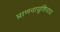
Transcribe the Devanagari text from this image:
प्राणवायूशिवाय